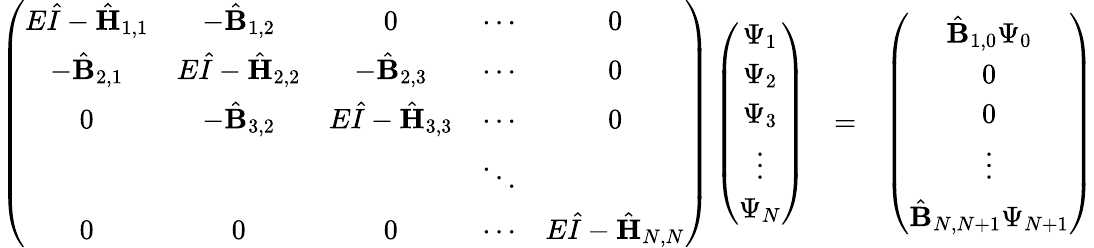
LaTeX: \begin{array}{rlr}{\left(\begin{array}{ccccc}{E\hat{I}-\hat{{\mathbf{H}}}_{1,1}}&{-\hat{{\mathbf{B}}}_{1,2}}&{0}&{\cdots}&{0}\\ {-\hat{{\mathbf{B}}}_{2,1}}&{E\hat{I}-\hat{{\mathbf{H}}}_{2,2}}&{-\hat{{\mathbf{B}}}_{2,3}}&{\cdots}&{0}\\ {0}&{-\hat{{\mathbf{B}}}_{3,2}}&{E\hat{I}-\hat{{\mathbf{H}}}_{3,3}}&{\cdots}&{0}\\ &&&{\ddots}&\\ {0}&{0}&{0}&{\cdots}&{E\hat{I}-\hat{\mathbf{H}}_{N,N}}\end{array}\right)\left(\begin{array}{c}{\Psi_{1}}\\ {\Psi_{2}}\\ {\Psi_{3}}\\ {\vdots}\\ {\Psi_{N}}\end{array}\right)}&{=}&{\left(\begin{array}{c}{\hat{\mathbf{B}}_{1,0}\Psi_{0}}\\ {0}\\ {0}\\ {\vdots}\\ {\hat{\mathbf{B}}_{N,N+1}\Psi_{N+1}}\end{array}\right)}\end{array}